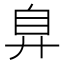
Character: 𢍂